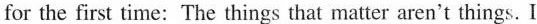
for the first time:The things that matter aren't things. I